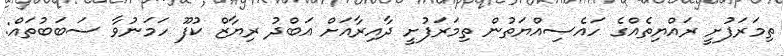
ތިމަރަފުށީ ރައްޔިތެއްގެ ހައެސިއްޔަތުން ތިމަރަފުށީ ދާއިރާއަށް އަބްދު ރިޔާޒް ކުފޫ ހަމަނުވާ ސަބަބުތައް: